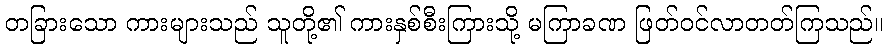
တခြားသော ကားများသည် သူတို့၏ ကားနှစ်စီးကြားသို့ မကြာခဏ ဖြတ်ဝင်လာတတ်ကြသည်။